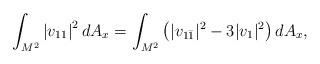
LaTeX: \begin{align*}\int_{M^2} \left |v_{11}\right | ^2 d A_x= \int_{M^2} \left(|v_{1\bar 1}|^2-3|v_{1}|^2 \right)d A_x,\end{align*}